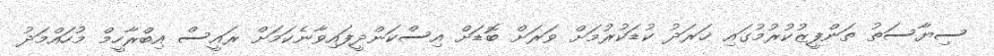
ސިޔާސަތު ތަންފީޒުކުރުމުގައި ޚަރަދު ކުޑަކުރުމަށް ވަރަށް ބޮޑަށް އިސްކަންދީފައިވާނެކަމަށް ރައީސް އިބްރާހީމް މުހައްމަދު